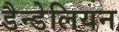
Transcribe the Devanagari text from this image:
डैन्डेलियन